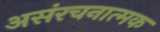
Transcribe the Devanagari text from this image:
असंरचनात्मक